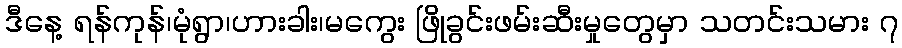
ဒီနေ့ ရန်ကုန်၊မုံရွာ၊ဟားခါး၊မကွေး ဖြိုခွင်းဖမ်းဆီးမှုတွေမှာ သတင်းသမား ၇